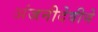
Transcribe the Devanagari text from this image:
अंजनीदेवीने